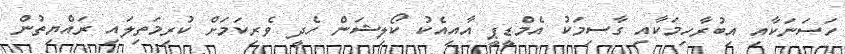
ހަސަނަކާއި އިބުރާހިމަކާއި ގާސިމަކު އެމްޑީޕީ އާއިއެކު ކޯލިޝަން ހެދީ ވެރިކަމަށް ކުރިމަތިލައި ރައްޔިތުން